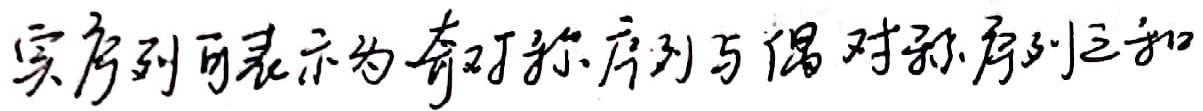
实序列可表示为奇对称序列与偶对称序列之和